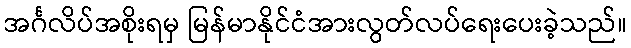
အင်္ဂလိပ်အစိုးရမှ မြန်မာနိုင်ငံအားလွတ်လပ်ရေးပေးခဲ့သည်။